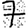
Digit: 7